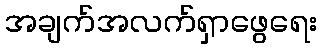
အချက်အလက်ရှာဖွေရေး